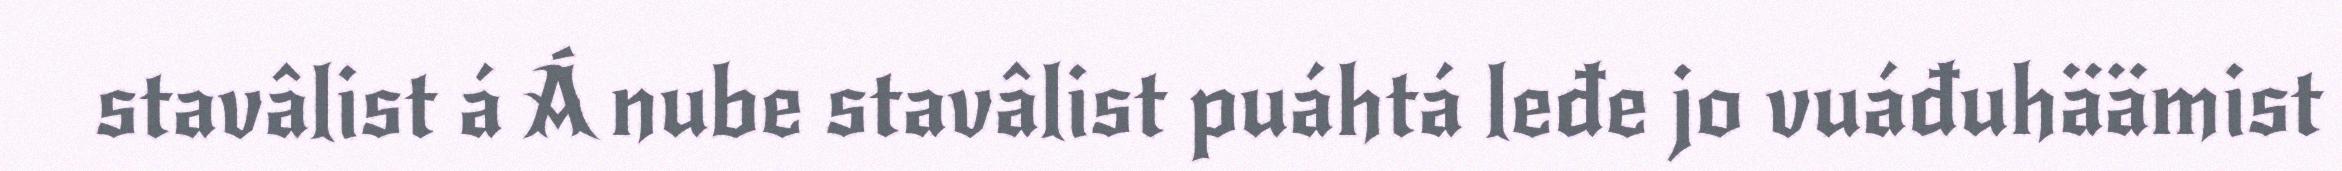
stavâlist á Á nube stavâlist puáhtá leđe jo vuáđuhäämist